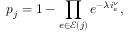
p _ { j } = 1 - \prod _ { e \in \mathcal { E } ( j ) } e ^ { - \lambda i _ { e } ^ { \nu } } ,